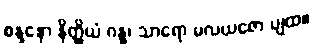
စန္ဒနော နိတ္ထိယံ ဂန္ဓ၊ သာရော မလယဇော ပျထ။